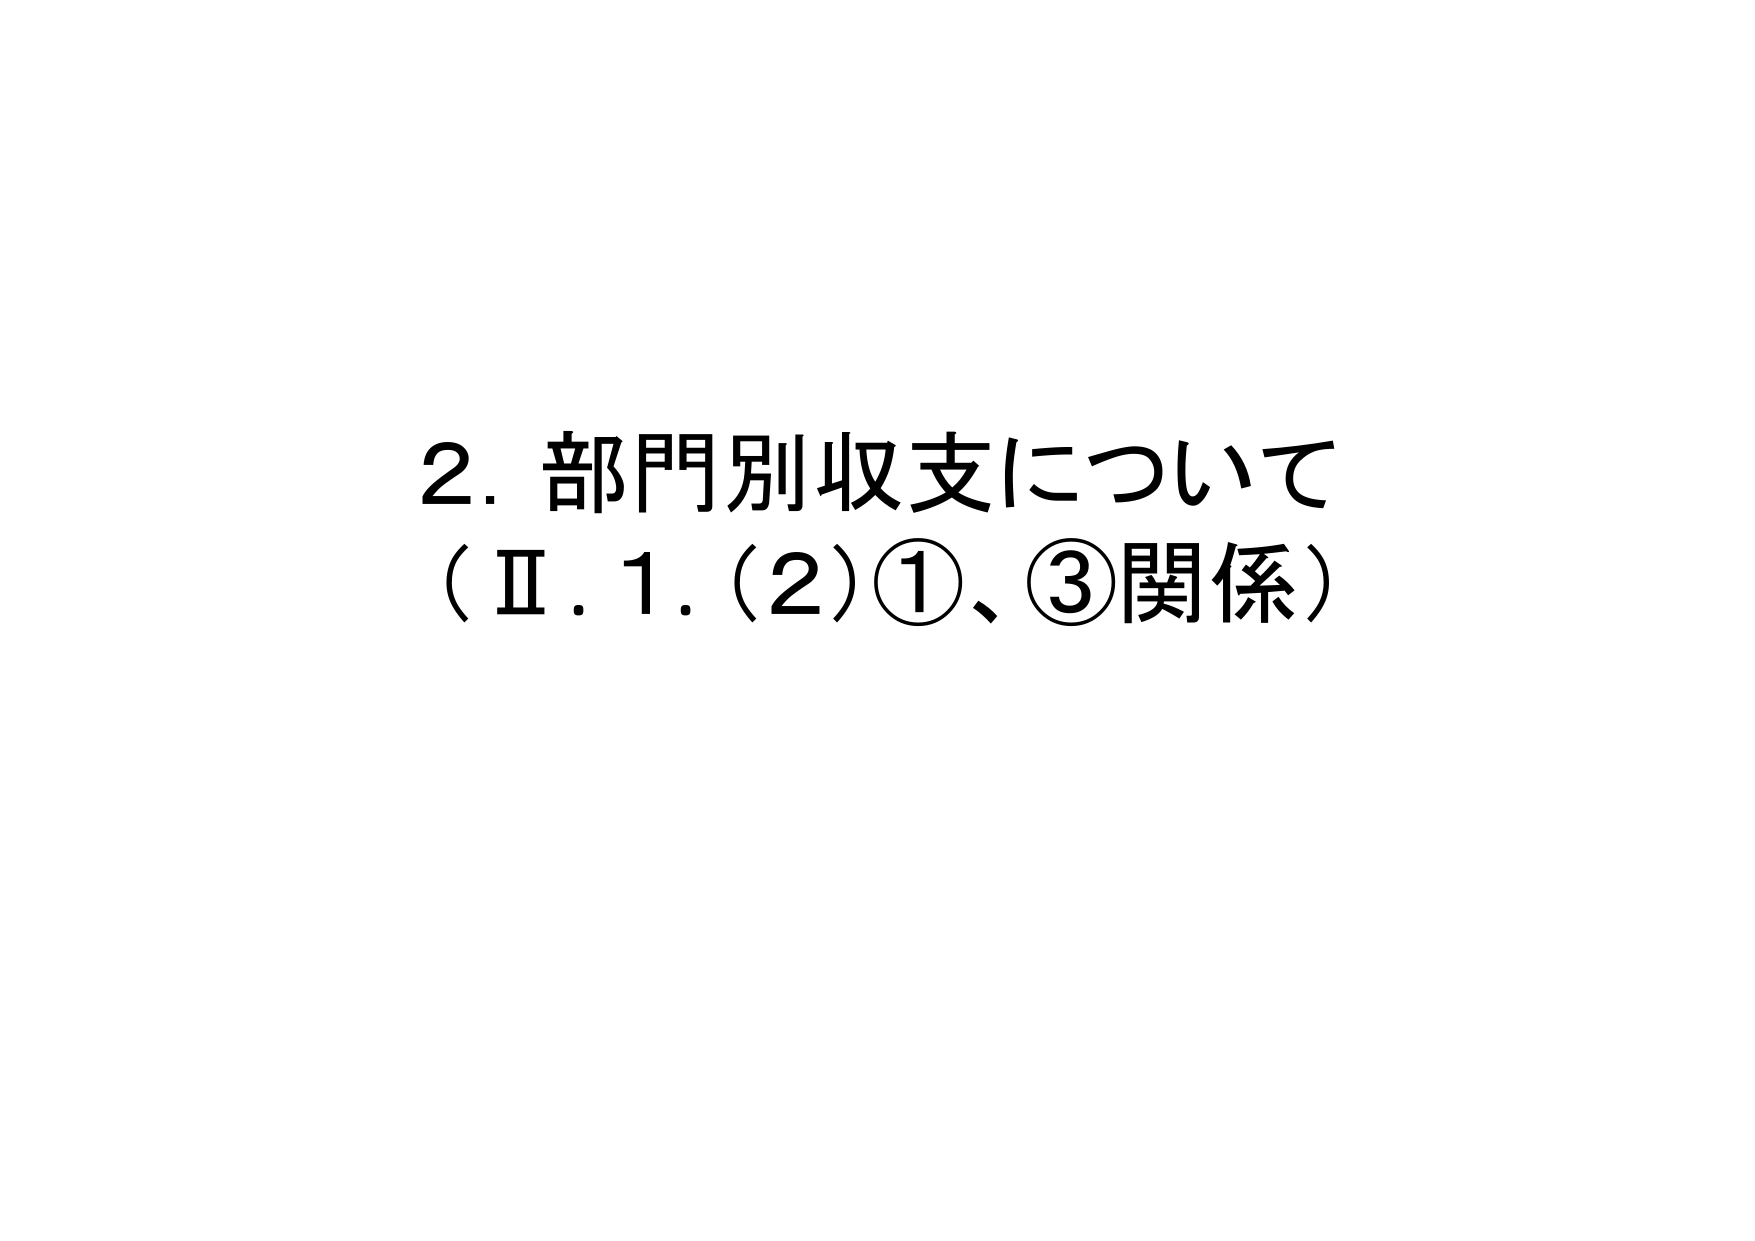
2. 部門別収支について
（Ⅱ.1.(2)①、③関係）